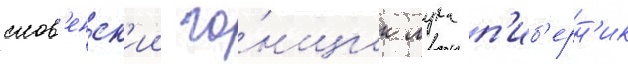
слов'енск'ии го́нщик лука п'иб'ерн'ик